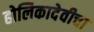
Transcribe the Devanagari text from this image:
होलिकादेवीचा